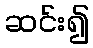
ဆင်း၍